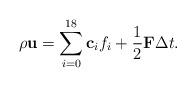
LaTeX: \begin{align*}\rho {\bf{u}} = \sum\limits_{i = 0}^{18} {{{\bf{c}}_i}{f_i}} + \frac{1}{2}{\bf{F}}\Delta t.\end{align*}